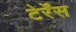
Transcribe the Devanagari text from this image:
टेर्रेंस